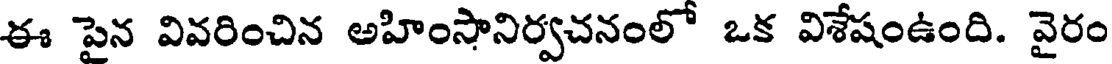
ఈ పైన వివరించిన అహింసానిర్వచనంలో ఒక విశేషంఉంది. వైరం